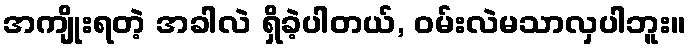
အကျိုးရတဲ့ အခါလဲ ရှိခဲ့ပါတယ်, ဝမ်းလဲမသာလှပါဘူး။